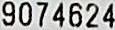
9074624